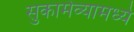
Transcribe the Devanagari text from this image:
सुकामेव्यामध्ये